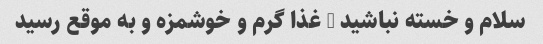
سلام و خسته نباشید … غذا گرم و خوشمزه و به موقع رسید